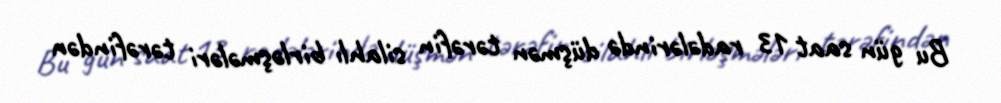
Bu gün saat 13 radələrində düşmən tərəfin silahlı birləşmələri tərəfindən